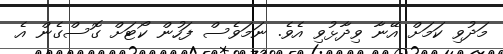
މަދުވި ކަމަށް އޭނާ ވިދާޅުވި އެވެ. ނަމަވެސް ފަހުން ކޯޓަށް ގޮސްގެން އެ